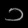
Digit: ၁